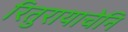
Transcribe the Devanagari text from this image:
रितुरायाचेनि